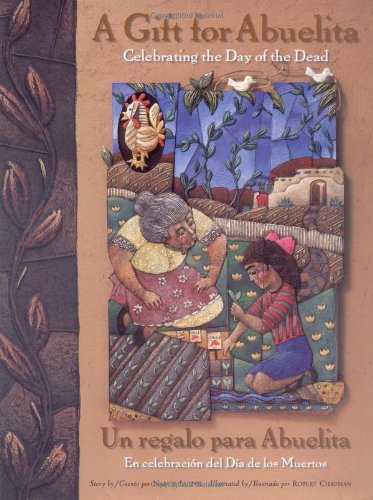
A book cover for Gift For Abuelita / Un regalo para Abuelita: Celebrating the Day of the Dead/En celebracion del Dia de los Muertos (English, Multilingual and Spanish Edition); Nancy Luenn; Children's Books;